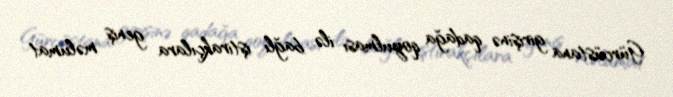
Gürcüstana girişinə qadağa qoyulması ilə bağlı iştirakçılara geniş məlumat